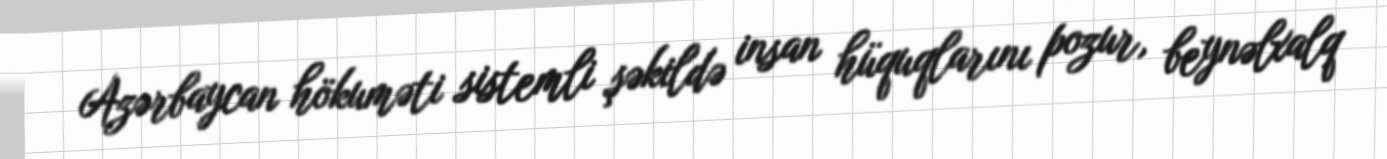
Azərbaycan hökuməti sistemli şəkildə insan hüquqlarını pozur, beynəlxalq